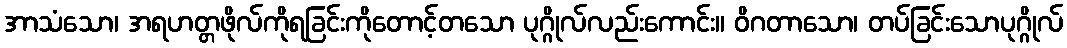
အာသံသော၊ အရဟတ္တဖိုလ်ကိုရခြင်းကိုတောင့်တသော ပုဂ္ဂိုလ်လည်းကောင်း။ ဝိဂတာသော၊ တပ်ခြင်းသောပုဂ္ဂိုလ်